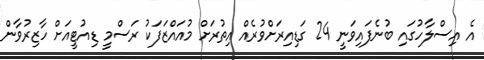
އެ އިސްލާހުގައި ބުނެފައިވަނީ 24 ގަޑިއިރަށްވުރެއް އިތުރަށް މުއައްޒަފަކު ރަސްމީ ޑިއުޓީއަށް ހާޒިރުވާން